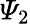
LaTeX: \varPsi_{2}